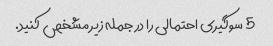
5 سوگیری احتمالی را در جمله زیر مشخص کنید.